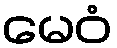
မေဝံ